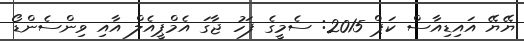
ޔޭޔޭ އައިޑިއާސް ކަޕް 2015: ސެމީގެ ފަހު ޖާގަ އެމްޕީއެލް އާއި ވިންސެންޑޯ